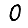
Digit: 0